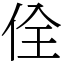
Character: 佺